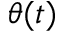
\theta ( t )